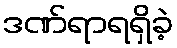
ဒဏ်ရာရရှိခဲ့